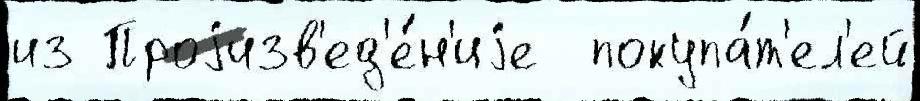
из Проjизв'ед'е́н'иjе  покупа́т'ел'ей